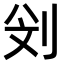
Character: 𠛶